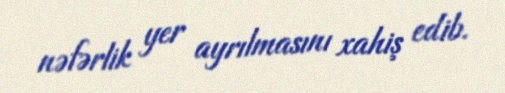
nəfərlik yer ayrılmasını xahiş edib.